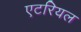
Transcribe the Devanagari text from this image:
एटरियल